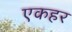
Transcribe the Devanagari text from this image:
एकहर